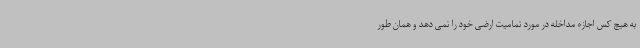
به هیچ کس اجازه مداخله در مورد تمامیت ارضی خود را نمی دهد و همان طور